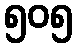
၅၀၅